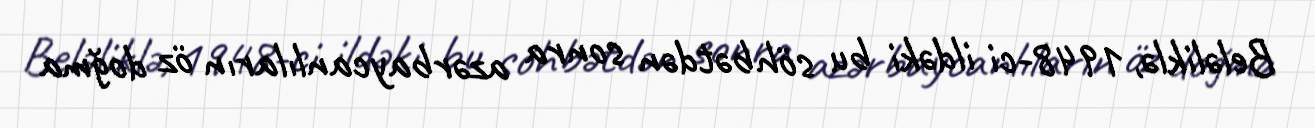
Beləliklə, 1948-ci ildəki bu söhbətdən sonra azərbaycanlıların öz doğma